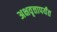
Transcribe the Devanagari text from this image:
अक्षवृत्तापर्यंत